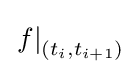
\left.f\right|_{(t_{i},t_{i+1})}